Annual administration report of the Civil Veterinary Department, Ajmere-Merwara, British Rajputana - 1914-1940
Year: 1914
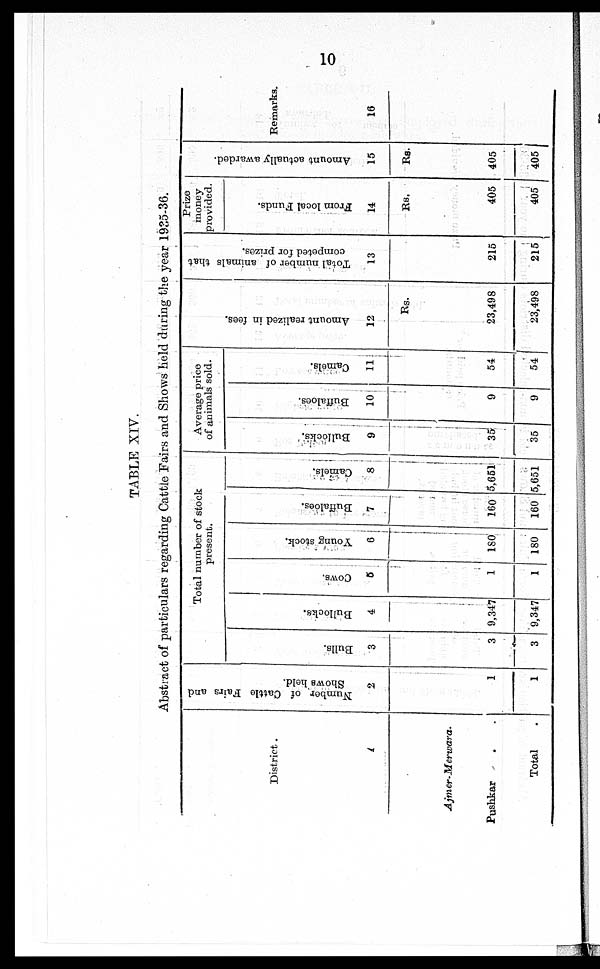
10
TABLE XIV.
Abstract of particulars regarding Cattle Fairs and Shows held during the year 1935-36.
District.
1
Ajmer-Merwara.
Pushkar . .
Total .
Number
of Cattle Fairs and
Shows held.
2
1
1
Total number of stock
present.
Bulls.
3
3
3
Bullocks.
4
9,347
9,347
Cows.
5
1
1
Young stock.
6
180
180
Buffaloes.
7
160
160
Camels.
8
5,651
5,651
Average price
of animals sold.
Bullocks.
9
35
35
Buffaloes.
10
9
9
Camels.
11
54
54
Amo u n t r eal i zed in fees.
12
Rs.
23,498
23,498
Total number of animals that
competed for prizes.
13
215
215
Prize
money
provided.
From local Funds.
14
Rs.
405
405
Amo u n t actually awarded.
15
Rs.
405
405
Remarks.
16